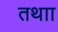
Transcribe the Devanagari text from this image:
तथाा